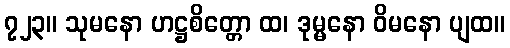
၇၂၃။ သုမနော ဟဋ္ဌစိတ္တော ထ၊ ဒုမ္မနော ဝိမနော ပျထ။